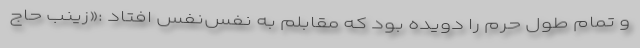
و تمام طول حرم را دویده بود که مقابلم به نفس‌نفس افتاد :«زینب حاج